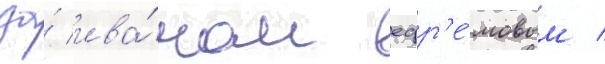
за́ ива́ном ефр'е́мовым /